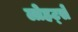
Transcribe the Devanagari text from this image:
लोहट्से